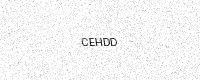
Text: CEHDD